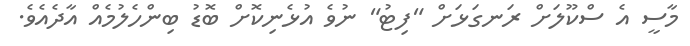
މާސީ އެ ސްކޫލަށް ރަނގަޅަށް "ފިޓު" ނުވެ އުޅެނިކޮށް ބޮޑު ބިންހެލުމެއް އާދެއެވެ.